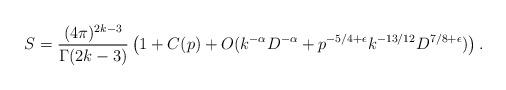
LaTeX: \begin{align*} S= \frac{(4\pi)^{2k-3}}{\Gamma(2k-3)}\left(1 + C(p) + O(k^{-\alpha}D^{-\alpha}+p^{-5/4+\epsilon} k^{-13/12} D^{7/8+\epsilon})\right).\end{align*}